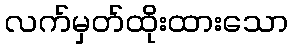
လက်မှတ်ထိုးထားသော